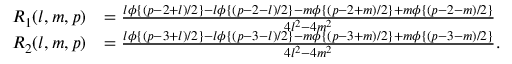
\begin{array} { r l } { R _ { 1 } ( l , m , p ) } & { = \frac { l \phi \{ ( p { - } 2 { + } l ) / 2 \} { - } l \phi \{ ( p { - } 2 { - } l ) / 2 \} { - } m \phi \{ ( p { - } 2 { + } m ) / 2 \} { + } m \phi \{ ( p { - } 2 { - } m ) / 2 \} } { 4 l ^ { 2 } - 4 m ^ { 2 } } } \\ { R _ { 2 } ( l , m , p ) } & { = \frac { l \phi \{ ( p { - } 3 { + } l ) / 2 \} - l \phi \{ ( p { - } 3 { - } l ) / 2 \} { - } m \phi \{ ( p { - } 3 { + } m ) / 2 \} { + } m \phi \{ ( p { - } 3 { - } m ) / 2 \} } { 4 l ^ { 2 } - 4 m ^ { 2 } } . } \end{array}